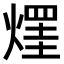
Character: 𤌒